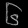
Digit: ၆